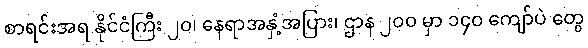
စာရင်းအရ နိုင်ငံကြီး ၂၀၊ နေရာအနှံ့အပြား၊ ဌာန ၂၀၀ မှာ ၁၄၀ ကျော်ပဲ တွေ